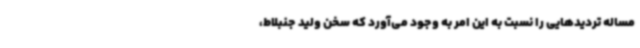
مساله تردیدهایی را نسبت به این امر به وجود می‌آورد که سخن ولید جنبلاط،